Leaving Certificate Examination, 1917, 1917
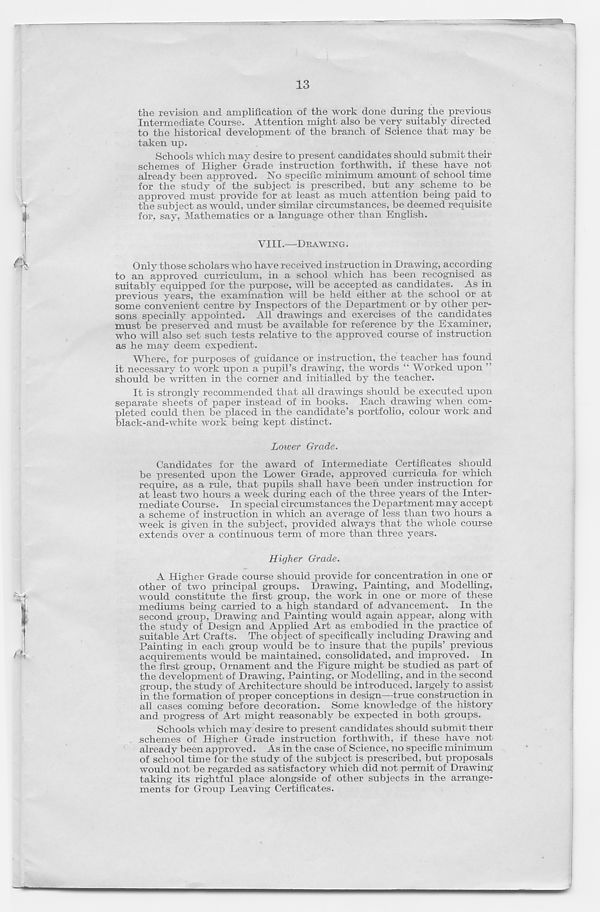
13
the revision and amplification of the work done during the previous
Intermediate Course. Attention might also be very suitably directed
to the historical development of the branch of Science that may be
taken up.
Schools which may desire to present candidates should submit their
schemes of Higher Grade instruction forthwith, if these have not
already been approved. No specific minimum amount of school time
for the study of the subject is prescribed, but any scheme to be
approved must provide for at least as much attention being paid to
the subject as would, under similar circumstances, be deemed requisite
for, say. Mathematics or a language other than English.
VIII.—DRAWING.
Only those scholars who have received instruction in Drawing, according
to an approved curriculum, in a school which has been recognised as
suitably equipped for the purpose, will be accepted as candidates. As in
previous years, the examination will be held either at the school or at
some convenient centre by Inspectors of the Department or by other per-
sons specially appointed. All drawings and exercises of the candidates
must be preserved and must be available for reference by the Examiner,
who will also set such tests relative to the approved course of instruction
as he may deem expedient.
Where, for purposes of guidance or instruction, the teacher has found
it necessary to work upon a pupil’s drawing, the words “ Worked upon ”
should be written in the corner and initialled by the teacher.
It is strongly recommended that all drawings should be executed upon
separate sheets of paper instead of in books. Each drawing when com-
pleted could then be placed in the candidate’s portfolio, colour work and
black-and-white work being kept distinct.
Lower Grade.
Candidates for the award of Intermediate Certificates should
be presented upon the Lower Grade, approved curricula for which
require, as a rule, that pupils shall have been under instruction for
at least two hours a week during each of the three years of the Inter-
mediate Course. In special circumstances the Department may accept
a scheme of instruction in which an average of less than two hours a
week is given in the subject, provided always that the whole course
extends over a continuous term of more than three years.
Higher Grade.
A Higher Grade course should provide for concentration in one or
other of two principal groups. Drawing, Painting, and Modelling,
would constitute the first group, the work in one or more of these
mediums being carried to a high standard of advancement. In the
second group, Drawing and Painting would again appear, along with
the study of Design and Applied Art as embodied in the practice of
suitable Art Crafts. Tire object of specifically including Drawing and
Painting in each group would be to insure that the pupils’ previous
acquirements would be maintained, consolidated, and improved. In
the first group, Ornament and the Figure might be studied as part of
the development of Drawing, Painting, or Modelling, and in the second
group, the study of Architecture should be introduced, largely to assist
in the formation of proper conceptions in design—true construction in
all cases coming before decoration. Some knowledge of the history
and progress of Art might reasonably be expected in both groups.
Schools which may desire to present candidates should submit their
schemes of Higher Grade instruction forthwith, if these have not
already been approved. As in the case of Science, no specific minimum
of school time for the study of the subject is prescribed, but proposals
would not be regarded as satisfactory which did not permit of Drawing
taking its rightful place alongside of other subjects in the arrange-
ments for Group Leaving Certificates.